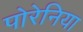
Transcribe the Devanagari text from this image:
पोरेनिया